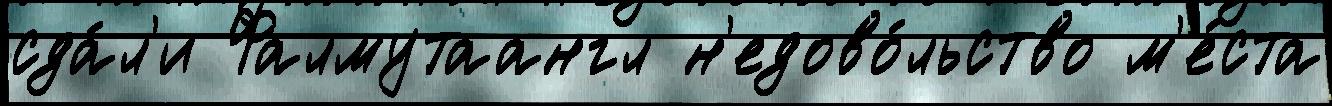
сда́л'и Фалмутаангл н'едово́льство м'е́ста